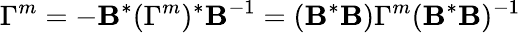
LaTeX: \Gamma^{m}=-\mathbf{B}^{*}(\Gamma^{m})^{*}\mathbf{B}^{-1}=(\mathbf{B}^{*}\mathbf{B})\Gamma^{m}(\mathbf{B}^{*}\mathbf{B})^{-1}